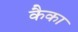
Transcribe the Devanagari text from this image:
कैका